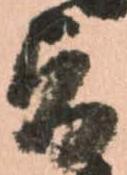
旨